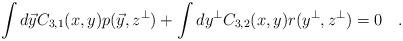
LaTeX: \begin{align*}\int d\vec{y}C_{3,1}(x,y) p( \vec{y}, z^{\bot})+\int dy^\bot C_{3,2}(x,y)r(y^{\bot}, z^{\bot})=0 \quad.\end{align*}